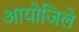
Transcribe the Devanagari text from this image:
आयोजिले